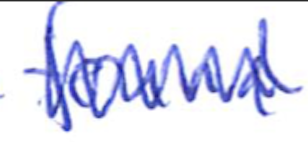
Text: found
Cross-out: zig-zag
Writing tool: ballpoint